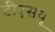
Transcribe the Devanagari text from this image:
टीएसयू